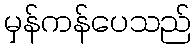
မှန်ကန်ပေသည်